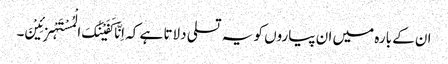
ان کے بارہ میں ان پیاروں کو یہ تسلی دلاتا ہے کہ اِنَّا کَفَیْنٰکَ الْمُسْتَہْزِئِیْنَ۔